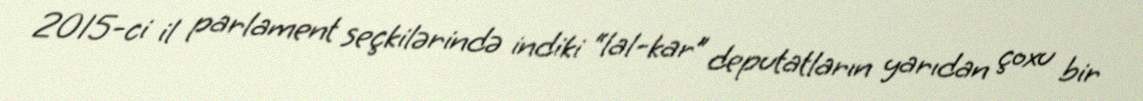
2015-ci il parlament seçkilərində indiki “lal-kar” deputatların yarıdan çoxu bir